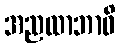
အညထာဘာဝိ